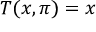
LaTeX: T ( x , \pi ) = x